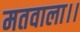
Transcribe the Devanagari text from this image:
मतवाला।।